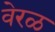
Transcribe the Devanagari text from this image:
वेरळ